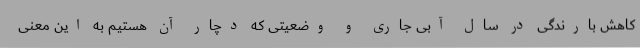
کاهش بارندگی در سال آبی جاری و وضعیتی که دچار آن هستیم به این معنی